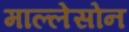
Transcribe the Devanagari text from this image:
माल्लेसोन